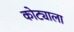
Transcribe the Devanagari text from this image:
कोट्याला